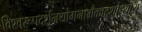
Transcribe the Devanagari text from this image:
विश्वरूपदर्शनयोगनामैकादशोध्याय